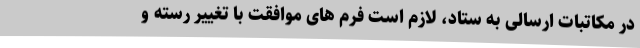
در مکاتبات ارسالی به ستاد، لازم است فرم های موافقت با تغییر رسته و